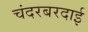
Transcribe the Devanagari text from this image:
चंदरबरदाई